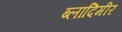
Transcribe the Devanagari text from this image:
ब्लादिमीर